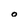
Character: o